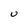
Character: U